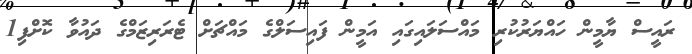
ރައީސް ޔާމީން ހައްޔަރުކުރި މައްސަލައިގައި އަމީން ފައިސަލްގެ މައްޗަށް ޓެރަރިޒަމްގެ ދައުވާ ކޮށްފި1